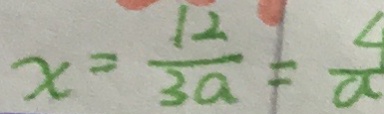
x = \frac { 1 2 } { 3 a } = \frac { 4 } { a }